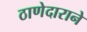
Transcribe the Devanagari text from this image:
ठाणेदाराने